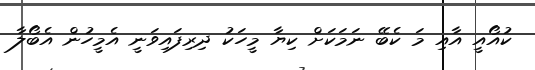
ކުއޯއީ އާއި މަ ކެބޭ ނަމަކަށް ކިޔާ މީހަކު ދިރިފައިވަނީ އެމީހުން އެބޯލާ